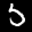
Label: 5